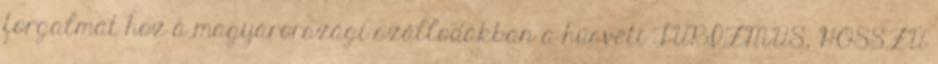
forgalmat hoz a magyarországi szállodákban a húsvéti TURIZMUS, HOSSZÚ